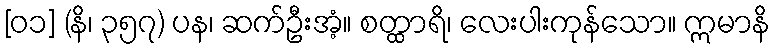
[၀၁] (နိ၊ ၃၅၇) ပန၊ ဆက်ဦးအံ့။ စတ္ထာရိ၊ လေးပါးကုန်သော။ ဣမာနိ